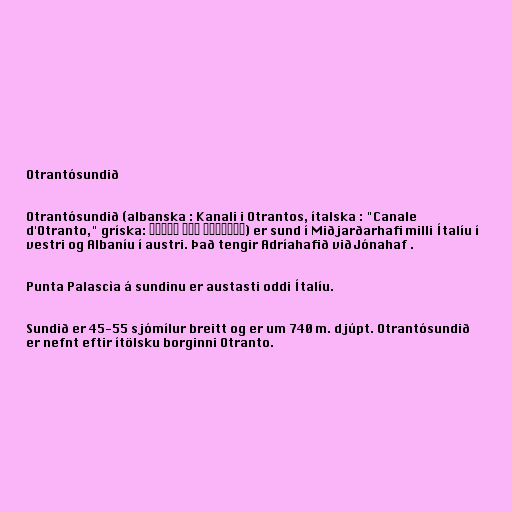
Otrantósundið

Otrantósundið (albanska : Kanali i Otrantos, ítalska : "Canale
d'Otranto," gríska: Στενό του Οτράντο) er sund í Miðjarðarhafi milli Ítalíu í
vestri og Albaníu í austri. Það tengir Adríahafið við Jónahaf .

Punta Palascìa á sundinu er austasti oddi Ítalíu.

Sundið er 45-55 sjómílur breitt og er um 740 m. djúpt. Otrantósundið
er nefnt eftir ítölsku borginni Otranto.